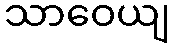
သာဝေယျ